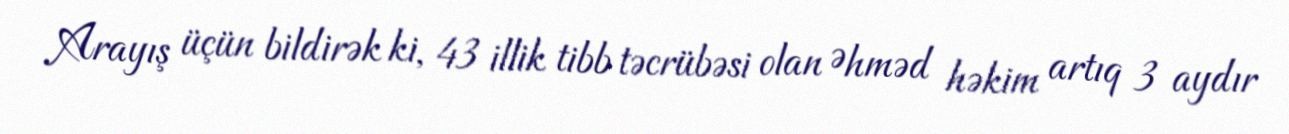
Arayış üçün bildirək ki, 43 illik tibb təcrübəsi olan Əhməd həkim artıq 3 aydır